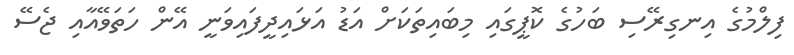
ފިލްމުގެ އިނގިރޭސި ބަހުގެ ކޮޕީގައި މިބައިތަކަށް އަޑު އަޅައިދީފައިވަނީ އޭން ހަތަވޭއާއި ޖެސޭ